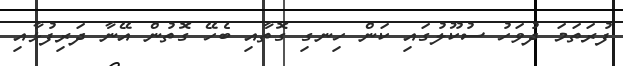
ފުރަތަމަ ދުވަހު ސުކޫލުގައި ކަން ހިނގި ގޮތާއި ބެހޭ ގޮތުން އޭނާ ދަރިފުޅާއި